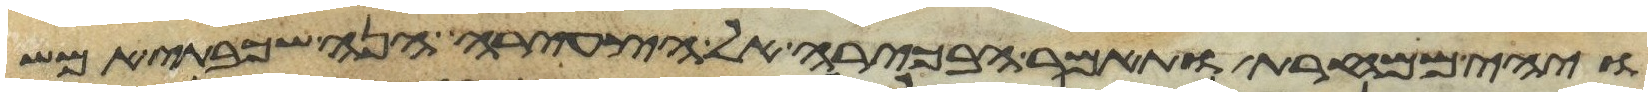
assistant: ויהי ממחרת ותאמר הבכירה אל הצעירה הנה שכבתי אמש